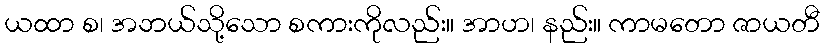
ယထာ စ၊ အဘယ်သို့သော စကားကိုလည်း။ အာဟ၊ နည်း။ ကာမတော ဇာယတီ